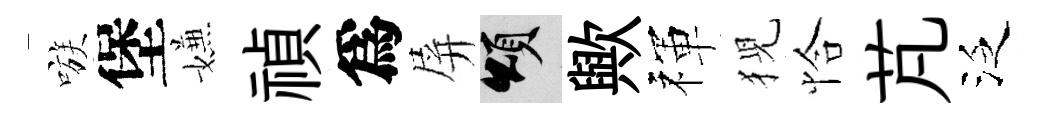
嗾堡嫌禎爲屏頌歟禈猊恰芃泛